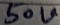
Text: 50V